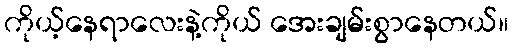
ကိုယ့်နေရာလေးနဲ့ကိုယ် အေးချမ်းစွာနေတယ်။